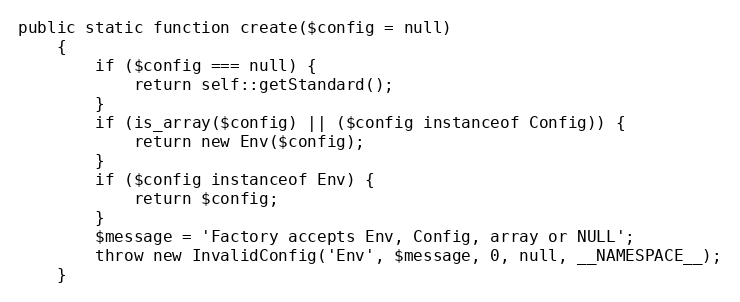
Language: PHP
public static function create($config = null)
    {
        if ($config === null) {
            return self::getStandard();
        }
        if (is_array($config) || ($config instanceof Config)) {
            return new Env($config);
        }
        if ($config instanceof Env) {
            return $config;
        }
        $message = 'Factory accepts Env, Config, array or NULL';
        throw new InvalidConfig('Env', $message, 0, null, __NAMESPACE__);
    }